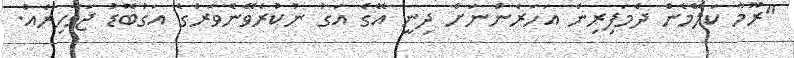
"ރޫމާ ކަލޭމެން ދެމަފިރިން އަހަރެންނަށް ދިނީ އޭގެ އަގު ނުކުރެވޭނެވަރުގެ އަގުބޮޑު ޖަވާހިރެއް.